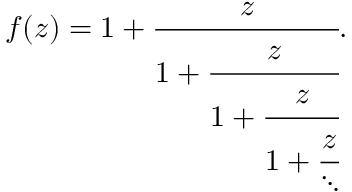
f ( z ) = 1 + { \cfrac { z } { 1 + { \cfrac { z } { 1 + { \cfrac { z } { 1 + { \cfrac { z } { \ddots } } } } } } } } .